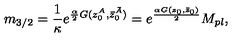
m _ { 3 / 2 } = \frac { 1 } { \kappa } e ^ { \frac { \alpha } { 2 } G ( z _ { 0 } ^ { A } , \bar { z } _ { 0 } ^ { \bar { A } } ) } = e ^ { \frac { \alpha G ( z _ { 0 } , \bar { z } _ { 0 } ) } { 2 } } M _ { p l } ,